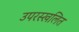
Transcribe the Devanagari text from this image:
उपरस्खलित